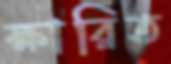
ক্ষারিত